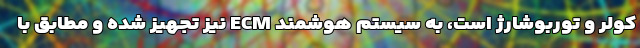
کولر و توربوشارژ است، به سیستم هوشمند ECM نیز تجهیز شده و مطابق با